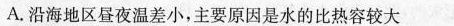
A.沿海地区昼夜温差小，主要原因是水的比热容较大